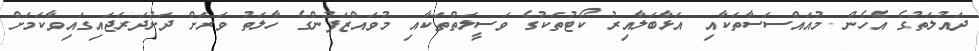
ދައުލަތުގެ އެހެން މުއައްސަސާތަކާއި އަޅާބަލާއިރު ކޯޓުތަކުގެ ވަސީލަތްތަކާއި މުވައްޒަފުންގެ ހާލަތު ވަރަށް ދަށުދަރަޖައިގައިވާކަމަށް